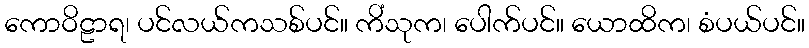
ကောဝိဠာရ၊ ပင်လယ်ကသစ်ပင်။ ကိံသုက၊ ပေါက်ပင်။ ယောထိက၊ စံပယ်ပင်။